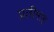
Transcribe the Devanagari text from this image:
प्रतीमाह